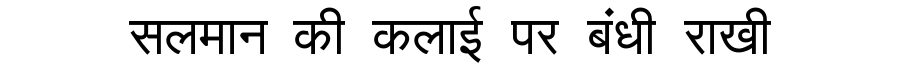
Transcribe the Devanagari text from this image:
सलमान की कलाई पर बंधी राखी